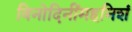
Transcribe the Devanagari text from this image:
विनोदिनींमहनिशं